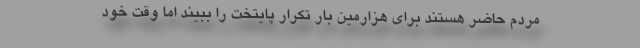
مردم حاضر هستند برای هزارمین بار تکرار پایتخت را ببیند اما وقت خود